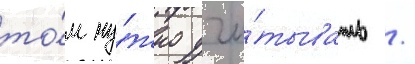
то́м ну́жно учи́тывать /